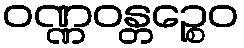
ဝဏ္ဏဝန္တဉ္စေဝ